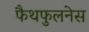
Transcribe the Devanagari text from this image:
फैथफुलनेस